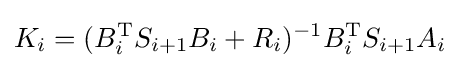
{\mathbf {} }K_{i}=(B_{i}^{\mathrm {T} }S_{i+1}B_{i}+R_{i})^{-1}B_{i}^{\mathrm {T} }S_{i+1}A_{i}